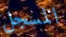
المسجل